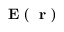
\mathrm { ~ \bf ~ E ~ } ( \mathrm { ~ \bf ~ r ~ } )